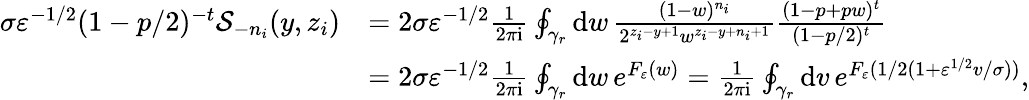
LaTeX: \begin{array}{rl}{\sigma\varepsilon^{-1/2}(1-p/2)^{-t}\mathcal{S}_{-n_{i}}(y,z_{i})}&{=2\sigma\varepsilon^{-1/2}\frac{1}{2\pi\mathrm{i}}\oint_{\gamma_{r}}\mathrm{d}w\, \frac{(1-w)^{n_{i}}}{2^{z_{i}-y+1}w^{z_{i}-y+n_{i}+1}}\frac{(1-p+pw)^{t}}{(1-p/2)^{t}}}\\ &{=2\sigma\varepsilon^{-1/2}\frac{1}{2\pi\mathrm{i}}\oint_{\gamma_{r}}\mathrm{d}w\, e^{F_{\varepsilon}(w)}=\frac{1}{2\pi\mathrm{i}}\oint_{\gamma_{r}}\mathrm{d}v\, e^{F_{\varepsilon}(1/2(1+\varepsilon^{1/2}v/\sigma))},}\end{array}